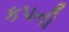
કપની